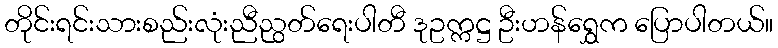
တိုင်းရင်းသားစည်းလုံးညီညွတ်ရေးပါတီ ဒုဥက္ကဋ္ဌ ဦးဟန်ရွှေက ပြောပါတယ်။